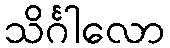
သိင်္ဂါလော